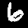
Digit: 6